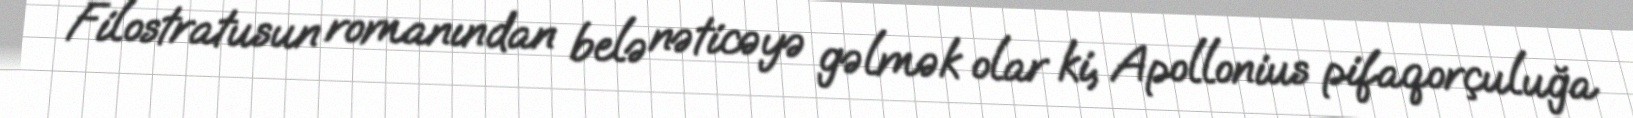
Filostratusun romanından belə nəticəyə gəlmək olar ki, Apollonius pifaqorçuluğa